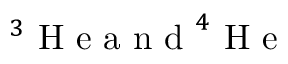
^ 3 \mathrm { ~ H ~ e ~ a ~ n ~ d ~ } ^ { 4 } \mathrm { ~ H ~ e ~ }